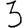
Digit: 3